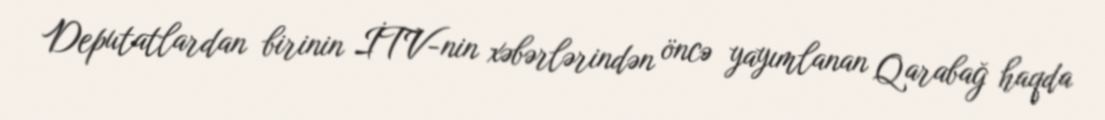
Deputatlardan birinin İTV-nin xəbərlərindən öncə yayımlanan Qarabağ haqda